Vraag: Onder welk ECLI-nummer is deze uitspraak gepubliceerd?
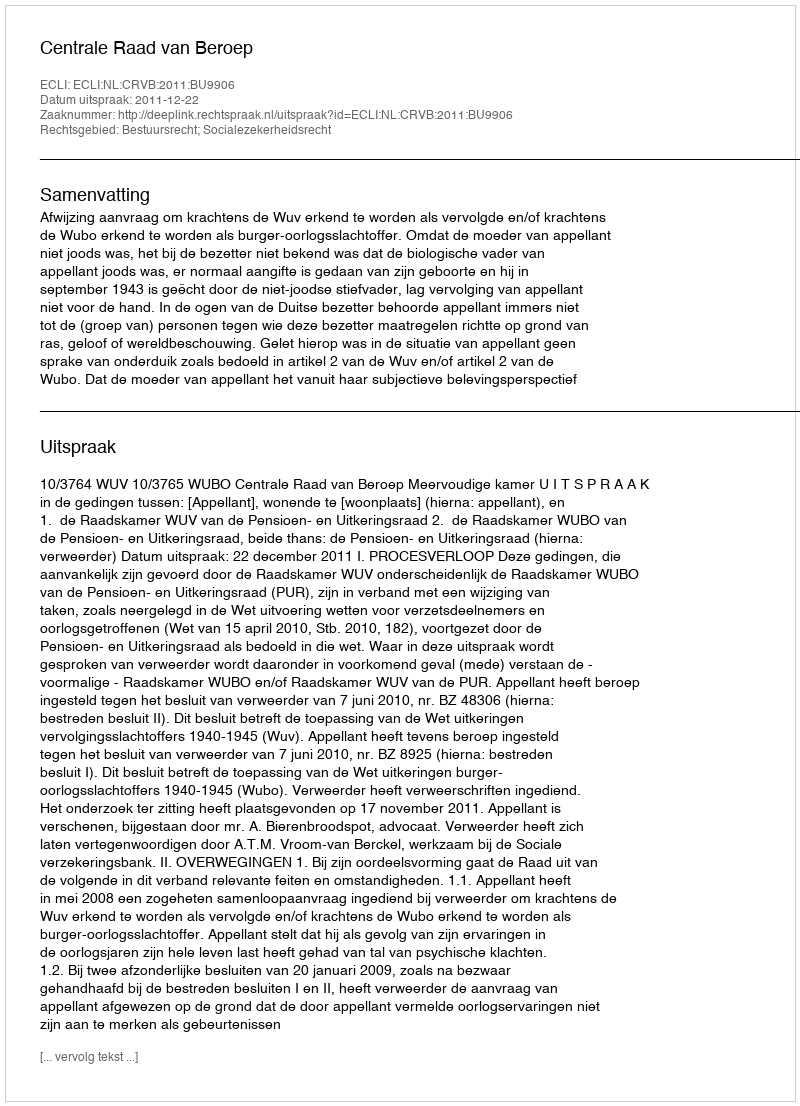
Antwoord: ECLI:NL:CRVB:2011:BU9906